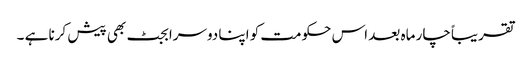
تقریباً چار ماہ بعد اس حکومت کو اپنا دوسرا بجٹ بھی پیش کرنا ہے ۔